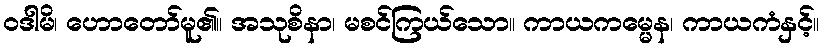
ဝဒါမိ၊ ဟောတော်မူ၏။ အသုစိနာ၊ မစင်ကြယ်သော။ ကာယကမ္မေန၊ ကာယကံနှင့်။